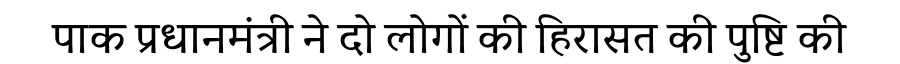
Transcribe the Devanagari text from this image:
पाक प्रधानमंत्री ने दो लोगों की हिरासत की पुष्टि की